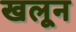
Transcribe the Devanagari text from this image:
खलून